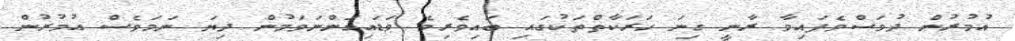
އުމުރުން ދުވަސްވެފައިވާ ރާނީ ގިނަ ހަރަކާތްތަކުގައި ބައިވެރިވެ ވަޑައިގަންނަވަމުން ދިޔަ ނަމަވެސް އުމުރުން